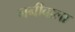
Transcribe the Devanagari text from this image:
ननीबाला